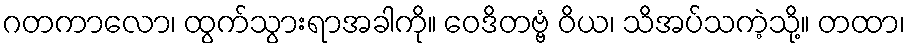
ဂတကာလော၊ ထွက်သွားရာအခါကို။ ဝေဒိတဗ္ဗံ ဝိယ၊ သိအပ်သကဲ့သို့။ တထာ၊